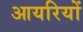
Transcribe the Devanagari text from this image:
आयरियों